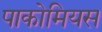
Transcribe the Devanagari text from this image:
पाकोमियस